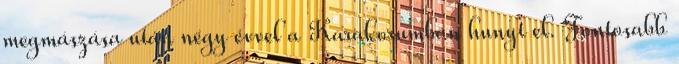
megmászása után négy évvel a Karakorumban hunyt el. Fontosabb